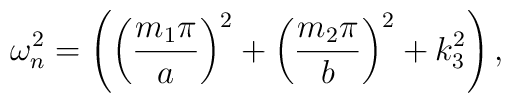
\omega _{n}^{2}=\left( \left( \frac{m_{1}\pi }{a}\right) ^{2}+\left( \frac{m_{2}\pi }{b}\right) ^{2}+k_{3}^{2}\right) ,